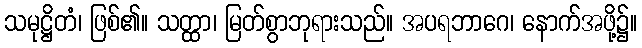
သမုဋ္ဌိတံ၊ ဖြစ်၏။ သတ္ထာ၊ မြတ်စွာဘုရားသည်။ အပရဘာဂေ၊ နောက်အဖို့၌။